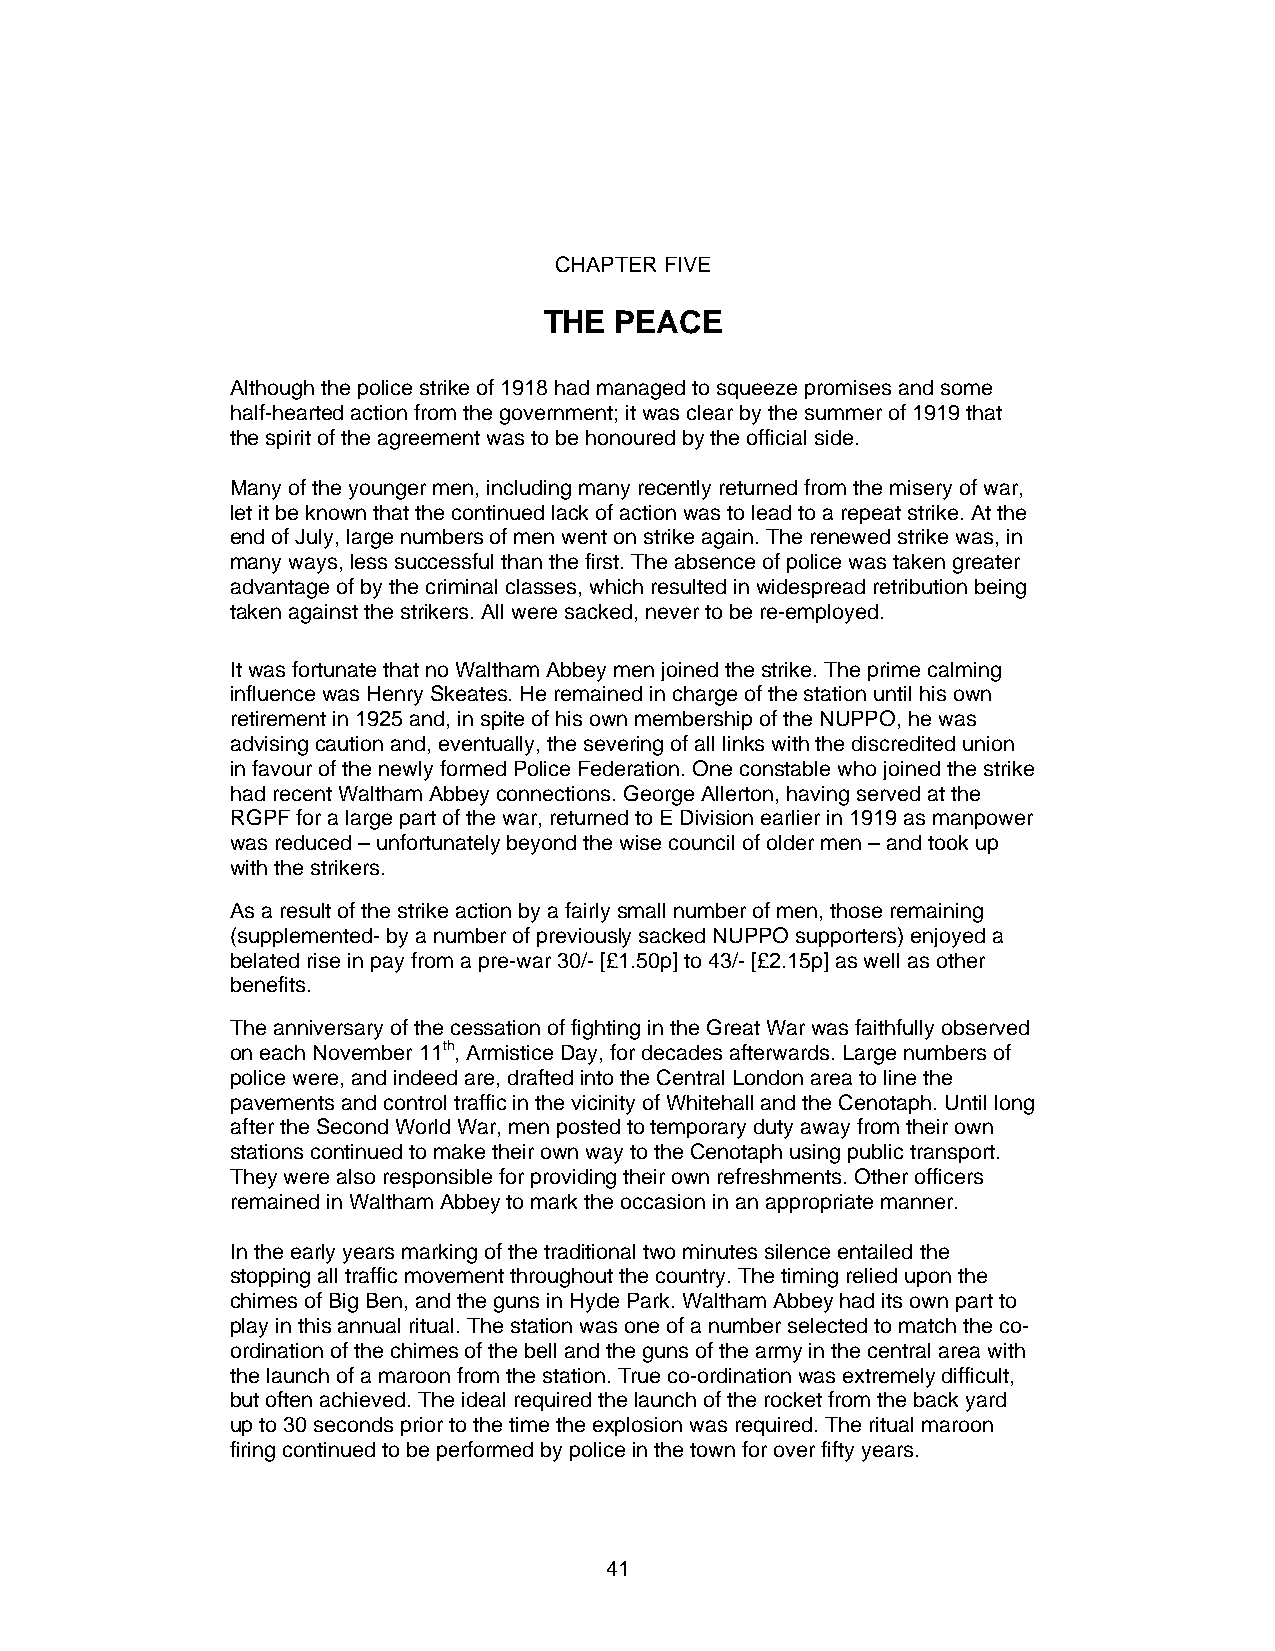
CHAPTER FIVE
 THE  PEACE
 Although the police strike of 1918 had managed to squeeze promises and some
 half-hearted action from the government; it was clear by the summer of 1919 that
 the spirit of the agreement was to be honoured by the official side.
 Many of the younger men, including many recently returned from the misery of war,
 let it be known that the continued lack of action was to lead to a repeat strike. At the
 end of July, large numbers of men went on strike again. The renewed strike was, in
 many ways, less successful than the first. The absence of police was taken greater
 advantage of by the criminal classes, which resulted in widespread retribution being
 taken against the strikers. All were sacked, never to be re-employed.
 It was fortunate that no Waltham Abbey men joined the strike. The prime calming
 influence was Henry Skeates. He remained in charge of the station until his own
 retirement in 1925 and, in spite of his own membership of the NUPPO, he was
 advising caution and, eventually, the severing of all links with the discredited union
 in favour of the newly formed Police Federation. One constable who joined the strike
 had recent Waltham Abbey connections. George Allerton, having served at the
 RGPF for a large part of the war, returned to E Division earlier in 1919 as manpower
 was reduced – unfortunately beyond the wise council of older men – and took up
 with the strikers.
 As a result of the strike action by a fairly small number of men, those remaining
 (supplemented- by a number of previously sacked NUPPO supporters) enjoyed a
 belated rise in pay from a pre-war 30/- [£1.50p] to 43/- [£2.15p] as well as other
 benefits.
 The anniversary of the cessation of fighting in the Great War was faithfully observed
 on each November 11th, Armistice Day, for decades afterwards. Large numbers of
 police were, and indeed are, drafted into the Central London area to line the
 pavements and control traffic in the vicinity of Whitehall and the Cenotaph. Until long
 after the Second World War, men posted to temporary duty away from their own
 stations continued to make their own way to the Cenotaph using public transport.
 They were also responsible for providing their own refreshments. Other officers
 remained in Waltham Abbey to mark the occasion in an appropriate manner.
 In the early years marking of the traditional two minutes silence entailed the
 stopping all traffic movement throughout the country. The timing relied upon the
 chimes of Big Ben, and the guns in Hyde Park. Waltham Abbey had its own part to
 play in this annual ritual. The station was one of a number selected to match the co-
 ordination of the chimes of the bell and the guns of the army in the central area with
 the launch of a maroon from the station. True co-ordination was extremely difficult,
 but often achieved. The ideal required the launch of the rocket from the back yard
 up to 30 seconds prior to the time the explosion was required. The ritual maroon
 firing continued to be performed by police in the town for over fifty years.
 41